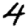
Digit: 4